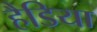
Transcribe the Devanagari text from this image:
हैडिया